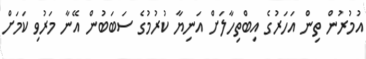
އުމުރުން ތިން އަހަރުގެ އިބްތިހާލަށް އަނިޔާ ކުރުމުގެ ސަބަބުން އޭނާ މަރުވި ކަމަށް